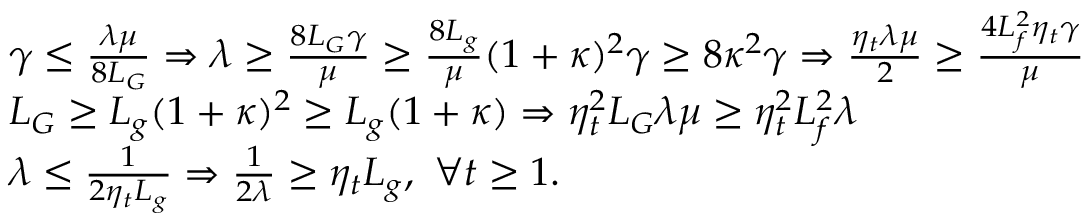
\begin{array} { r l } & { \gamma \leq \frac { \lambda \mu } { 8 L _ { G } } \Rightarrow \lambda \geq \frac { 8 L _ { G } \gamma } { \mu } \geq \frac { 8 L _ { g } } { \mu } ( 1 + \kappa ) ^ { 2 } \gamma \geq 8 \kappa ^ { 2 } \gamma \Rightarrow \frac { \eta _ { t } \lambda \mu } { 2 } \geq \frac { 4 L _ { f } ^ { 2 } \eta _ { t } \gamma } { \mu } } \\ & { L _ { G } \geq L _ { g } ( 1 + \kappa ) ^ { 2 } \geq L _ { g } ( 1 + \kappa ) \Rightarrow \eta _ { t } ^ { 2 } L _ { G } \lambda \mu \geq \eta _ { t } ^ { 2 } L _ { f } ^ { 2 } \lambda } \\ & { \lambda \leq \frac { 1 } { 2 \eta _ { t } L _ { g } } \Rightarrow \frac { 1 } { 2 \lambda } \geq \eta _ { t } L _ { g } , \ \forall t \geq 1 . } \end{array}